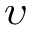
\upsilon